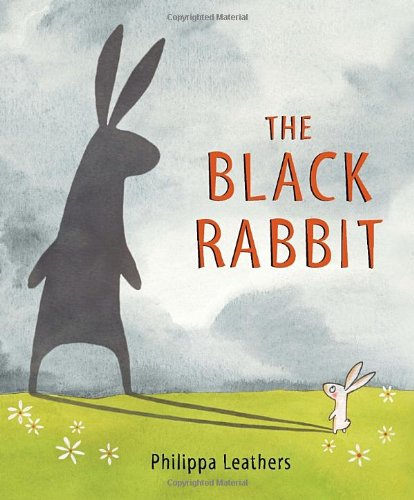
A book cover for The Black Rabbit (Junior Library Guild Selection); Philippa Leathers; Children's Books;